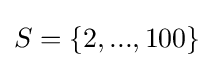
S=\{2,...,100\}